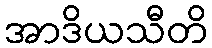
အာဒိယသီတိ